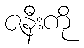
ဇနီးကို